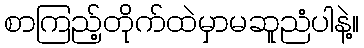
စာကြည့်တိုက်ထဲမှာမဆူညံပါနဲ့။